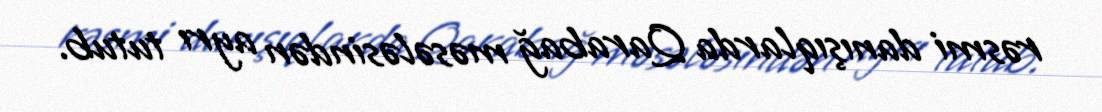
rəsmi danışıqlarda Qarabağ məsələsindən ayrı tutub.